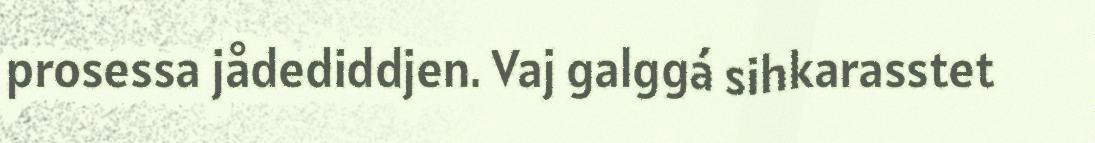
prosessa jådediddjen. Vaj galggá sihkarasstet